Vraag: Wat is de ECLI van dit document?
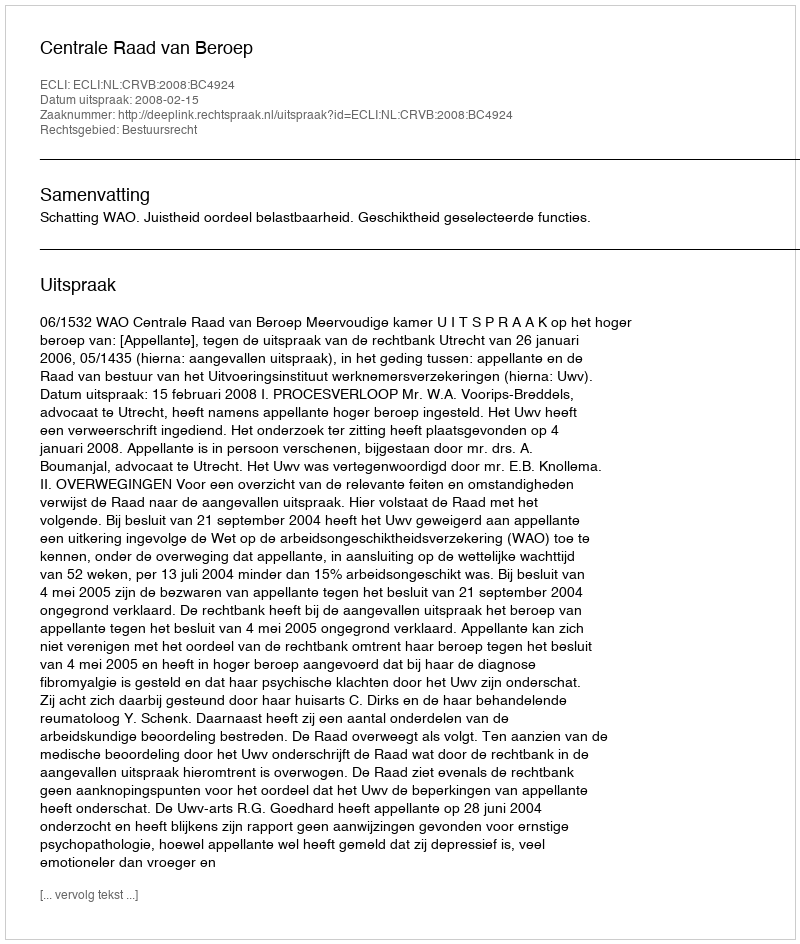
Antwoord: ECLI:NL:CRVB:2008:BC4924